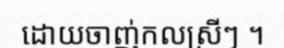
ដោយចាញ់កលស្រីៗ ។